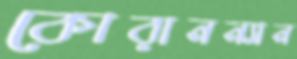
কোরানন্যান